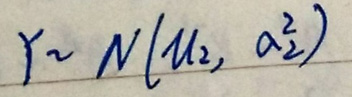
$Y\sim N(\mu_{2},\sigma_{2}^{2})$